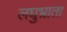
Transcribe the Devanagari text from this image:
लघुभ्राता